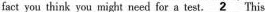
fact you think you might need for a test. \underline{2} This